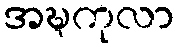
အဍ္ဎကုလာ